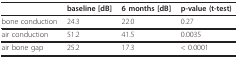
<table><thead><tr><td></td><td><b>baseline [dB]</b></td><td><b>6 months [dB]</b></td><td><b>p-value (t-test)</b></td></tr></thead><tbody><tr><td>bone conduction</td><td>24.3</td><td>22.0</td><td>0.27</td></tr><tr><td>air conduction</td><td>51.2</td><td>41.5</td><td>0.0035</td></tr><tr><td>air bone gap</td><td>25.2</td><td>17.3</td><td>&lt; 0.0001</td></tr></tbody></table>